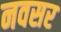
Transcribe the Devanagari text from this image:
नवसर